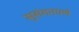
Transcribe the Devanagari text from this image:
सुसंगतपणे